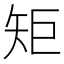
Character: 矩